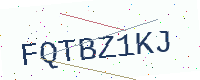
Text: FQTBZ1KJ